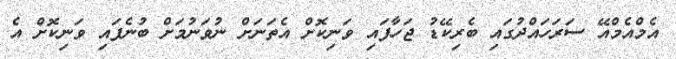
އެމްއެމްއޭ ސަރަހައްދުގައި ބެރިކޭޑު ޖަހާފައި ވަނިކޮށް އެތަނަށް ނުވަނުމަށް ބުނެފައި ވަނިކޮށް އެ